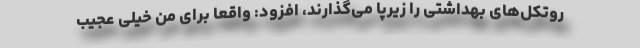
روتکل‌های بهداشتی را زیرپا می‌گذارند، افزود: واقعا برای من خیلی عجیب